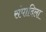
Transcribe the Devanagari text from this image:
संपादिला